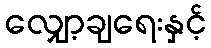
လျှော့ချရေးနှင့်